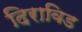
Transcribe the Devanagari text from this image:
दिराविड